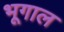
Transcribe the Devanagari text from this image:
भूगाल